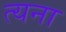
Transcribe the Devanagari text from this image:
त्यना